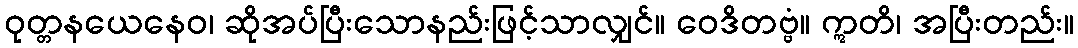
ဝုတ္တနယေနေဝ၊ ဆိုအပ်ပြီးသောနည်းဖြင့်သာလျှင်။ ဝေဒိတဗ္ဗံ။ ဣတိ၊ အပြီးတည်း။